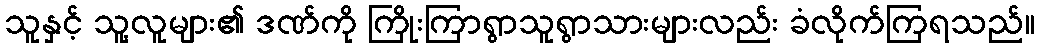
သူနှင့် သူ့လူများ၏ ဒဏ်ကို ကြိုးကြာရွာသူရွာသားများလည်း ခံလိုက်ကြရသည်။